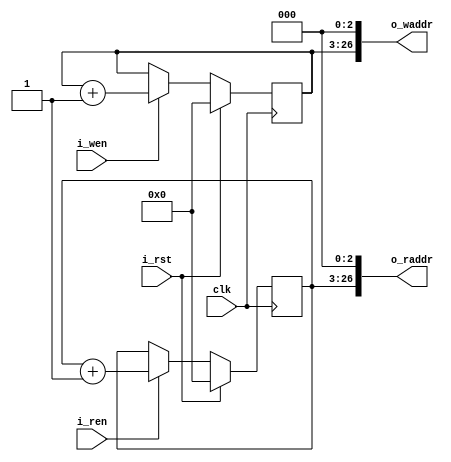
module AddrGenerator #(
                       // ADDR_WIDTH must not be greater than 67
                       parameter ADDR_WIDTH = 27)
    (
     input  wire                    clk,
     input  wire                    i_rst,
     input  wire                    i_wen,
     input  wire                    i_ren,
     output wire [ADDR_WIDTH-1 : 0] o_waddr,
     output wire [ADDR_WIDTH-1 : 0] o_raddr);

    reg  [ADDR_WIDTH-4 : 0] waddr;
    reg  [ADDR_WIDTH-4 : 0] raddr;

    assign o_waddr = {waddr, 3'b000};
    assign o_raddr = {raddr, 3'b000};

    always @(posedge clk) begin
        if (i_rst) begin
            waddr <= 0;
            raddr <= 0;
        end else begin
            if (i_wen) begin
                waddr <= waddr + 1;
            end
            if (i_ren) begin
                raddr <= raddr + 1;
            end
        end
    end

endmodule